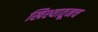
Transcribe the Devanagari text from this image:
खिश्यातूनच